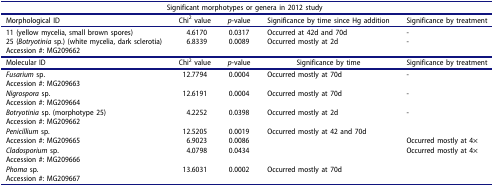
<table><thead><tr><td colspan="5"><b>Significant morphotypes or genera in 2012 study</b></td></tr><tr><td><b>Morphological ID</b></td><td><b>Chi<sup>2</sup> value</b></td><td><b><i>p</i>-value</b></td><td><b>Significance by time since Hg addition</b></td><td><b>Significance by treatment</b></td></tr></thead><tbody><tr><td>11 (yellow mycelia, small brown spores)</td><td>4.6170</td><td>0.0317</td><td>Occurred at 42d and 70d</td><td>-</td></tr><tr><td>25 (<i>Botryotinia</i> sp.) (white mycelia, dark sclerotia)Accession #: MG209662</td><td>6.8339</td><td>0.0089</td><td>Occurred mostly at 2d</td><td>-</td></tr><tr><td>Molecular ID</td><td>Chi<sup>2</sup> value</td><td><i>p</i>-value</td><td>Significance by time</td><td>Significance by treatment</td></tr><tr><td><i>Fusarium</i> sp.Accession #: MG209663</td><td>12.7794</td><td>0.0004</td><td>Occurred mostly at 70d</td><td>-</td></tr><tr><td><i>Nigrospora</i> sp.Accession #: MG209664</td><td>12.6191</td><td>0.0004</td><td>Occurred mostly at 70d</td><td>-</td></tr><tr><td><i>Botryotinia</i> sp. (morphotype 25)Accession #: MG209662</td><td>4.2252</td><td>0.0398</td><td>Occurred mostly at 2d</td><td>-</td></tr><tr><td rowspan="2"><i>Penicillium</i> sp.Accession #: MG209665</td><td>12.5205</td><td>0.0019</td><td>Occurred mostly at 42 and 70d</td><td> </td></tr><tr><td>6.9023</td><td>0.0086</td><td> </td><td>Occurred mostly at 4×</td></tr><tr><td><i>Cladosporium</i> sp.Accession #: MG209666</td><td>4.0798</td><td>0.0434</td><td> </td><td>Occurred mostly at 4×</td></tr><tr><td><i>Phoma</i> sp.Accession #: MG209667</td><td>13.6031</td><td>0.0002</td><td>Occurred mostly at 70d</td><td> </td></tr></tbody></table>